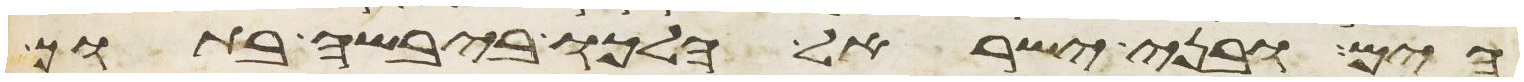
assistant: הים ובני ישראל הלכו ביבשה בתוך